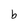
Character: b